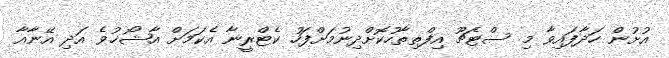
އުށުން ހަދާފައިވާ މި ސްޓެޗޫ އިފްތިތާހުކޮށްދިނުމަށްފަހު ކެޓްރީނާ އެކަމަށް އާޝޯޚުވެ އަދި އޭނާއާ